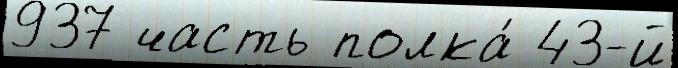
937 часть полка́ 43-й